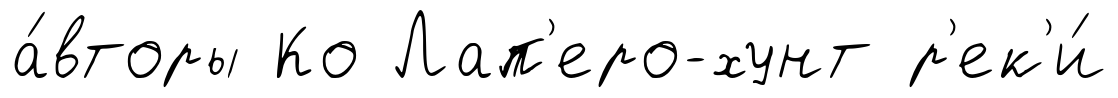
а́вторы Ко Лап'еро-хунт р'ек'и́